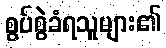
စွပ်စွဲခံရသူများ၏